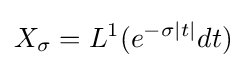
X_{\sigma }=L^{1}(e^{-\sigma |t|}dt)